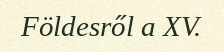
Földesről a XV.